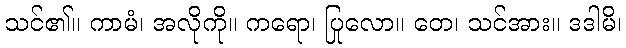
သင်၏။ ကာမံ၊ အလိုကို။ ကရော၊ ပြုလော။ တေ၊ သင်အား။ ဒဒါမိ၊